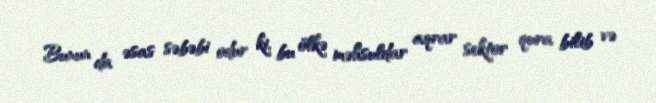
Bunun da əsas səbəbi odur ki, bu ölkə məhsuldar aqrar sektor qura bilib və